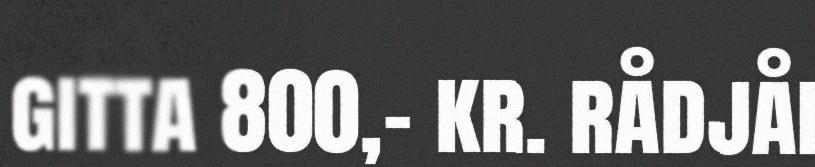
gitta 800,- kr. rådjåi